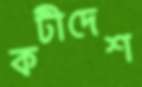
কটীদেশ